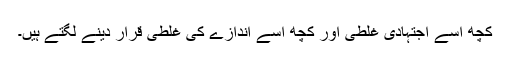
کچھ اسے اجتہادی غلطی اور کچھ اسے اندازے کی غلطی قرار دینے لگتے ہیں۔